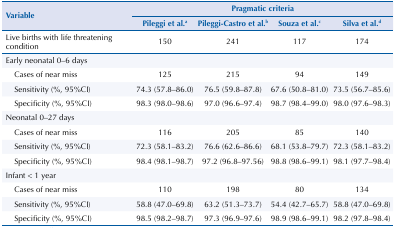
<table><thead><tr><td rowspan="3"><b>Variable</b></td><td colspan="4"><b>Pragmatic criteria</b></td></tr><tr><td><b>Pileggi et al.<sup>a</sup></b></td><td><b>Pileggi-Castro et al.<sup>b</sup></b></td><td><b>Souza et al.<sup>c</sup></b></td><td><b>Silva et al.<sup>d</sup></b></td></tr></thead><tbody><tr><td>Live births with life threatening condition</td><td>150</td><td>241</td><td>117</td><td>174</td></tr><tr><td>Early neonatal 0–6 days</td><td> </td><td> </td><td> </td><td> </td></tr><tr><td>Cases of near miss</td><td>125</td><td>215</td><td>94</td><td>149</td></tr><tr><td>Sensitivity (%, 95%CI)</td><td>74.3 (57.8–86.0)</td><td>76.5 (59.8–87.8)</td><td>67.6 (50.8–81.0)</td><td>73.5 (56.7–85.6)</td></tr><tr><td>Specificity (%, 95%CI)</td><td>98.3 (98.0–98.6)</td><td>97.0 (96.6–97.4)</td><td>98.7 (98.4–99.0)</td><td>98.0 (97.6–98.3)</td></tr><tr><td>Neonatal 0–27 days</td><td> </td><td> </td><td> </td><td> </td></tr><tr><td>Cases of near miss</td><td>116</td><td>205</td><td>85</td><td>140</td></tr><tr><td>Sensitivity (%, 95%CI)</td><td>72.3 (58.1–83.2)</td><td>76.6 (62.6–86.6)</td><td>68.1 (53.8–79.7)</td><td>72.3 (58.1–83.2)</td></tr><tr><td>Specificity (%, 95%CI)</td><td>98.4 (98.1–98.7)</td><td>97.2 (96.8–97.56)</td><td>98.8 (98.6–99.1)</td><td>98.1 (97.7–98.4)</td></tr><tr><td>Infant &lt; 1 year</td><td> </td><td> </td><td> </td><td> </td></tr><tr><td>Cases of near miss</td><td>110</td><td>198</td><td>80</td><td>134</td></tr><tr><td>Sensitivity (%, 95%CI)</td><td>58.8 (47.0–69.8)</td><td>63.2 (51.3–73.7)</td><td>54.4 (42.7–65.7)</td><td>58.8 (47.0–69.8)</td></tr><tr><td>Specificity (%, 95%CI)</td><td>98.5 (98.2–98.7)</td><td>97.3 (96.9–97.6)</td><td>98.9 (98.6–99.1)</td><td>98.2 (97.8–98.4)</td></tr></tbody></table>